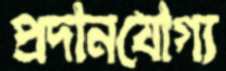
প্রদানযোগ্য